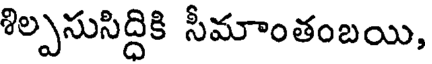
శిల్పసుసిద్ధికి సీమాంతంబయి,